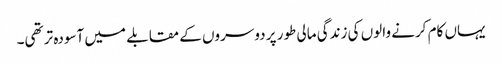
یہاں کام کرنے والوں کی زندگی مالی طور پر دوسروں کے مقابلے میں آسودہ تر تھی۔